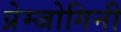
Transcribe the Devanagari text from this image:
प्रेम्जोगिनी